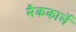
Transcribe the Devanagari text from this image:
मैककार्ले